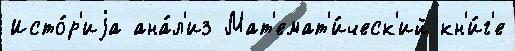
Исто́р'иjа ана́л'из Мат'емат'и́ческ'ий кн'и́г'е